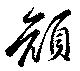
顔